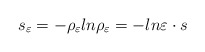
\begin{align*}s_{\varepsilon}=-\rho_{\varepsilon}ln\rho_{\varepsilon}=-ln\varepsilon\cdot s\end{align*}